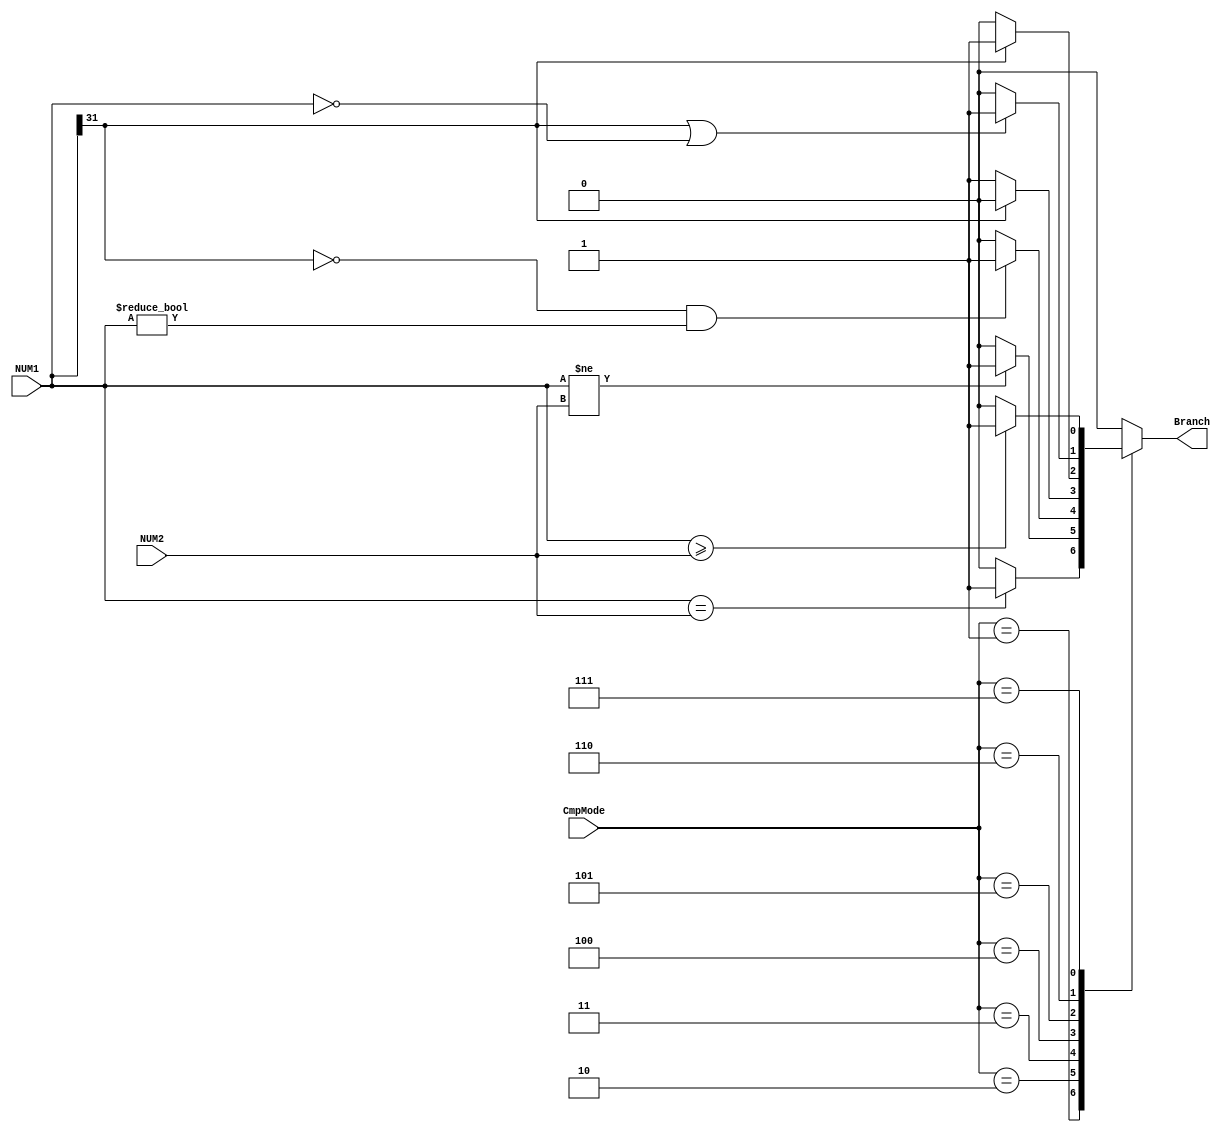
`timescale 1ns / 1ps
//////////////////////////////////////////////////////////////////////////////////
// Company: 
// 
// Design Name: 
// Module Name:    Comparator 
// Project Name: 
// Target Devices: 
// Tool versions: 
// Description: 
//
// Dependencies: 
//
// Revision: 
// Revision 0.01 - File Created
// Additional Comments: 
//
//////////////////////////////////////////////////////////////////////////////////
module Comparator(
	input [2:0] CmpMode,
	input [31:0] NUM1,
	input [31:0] NUM2,
	
	output reg Branch
   );

	always@(*) begin
		case(CmpMode)
			3'b001: Branch<=(NUM1==NUM2)?1:0;
			3'b010: Branch<=(NUM1!=NUM2)?1:0;
			3'b011: Branch<=(NUM1[31]==0&&NUM1!=32'b0)?1:0;//>0
			3'b100: Branch<=(NUM1[31]==0)?1:0;//>=0
			3'b101: Branch<=(NUM1[31]==1)?1:0;//<0
			3'b110: Branch<=(NUM1[31]==1||NUM1==32'b0)?1:0;//<=0
			3'b111: Branch<=($signed(NUM1)>=$signed(NUM2))?1:0;
			default: Branch<=0;
		endcase
	end
endmodule